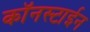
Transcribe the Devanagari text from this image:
कॉनस्टाईन